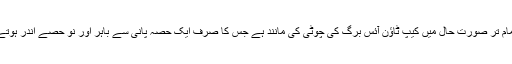
اس تمام تر صورتِ حال میں کیپ ٹاؤن آئس برگ کی چوٹی کی مانند ہے جس کا صرف ایک حصہ پانی سے باہر اور نو حصے اندر ہوتے ہیں۔